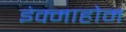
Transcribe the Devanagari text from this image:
इंक्माहोम